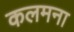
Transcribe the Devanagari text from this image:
कलमना